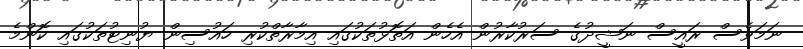
ނަމަވެސް ރައީސް ނަޝީދުގެ ސަރުކާރުން އެހެން އަތޮޅުތަކުގައި އިމާރާތްކުރި ހައުސިން ޔުނިޓުތަކުގައި ކޮންމެ